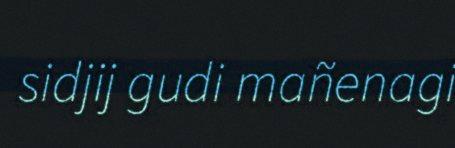
sidjij gudi mañenagi